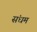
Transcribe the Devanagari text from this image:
संधम